Lunatic asylums Madras 1877-1891 - 1877-1891
Year: 1877
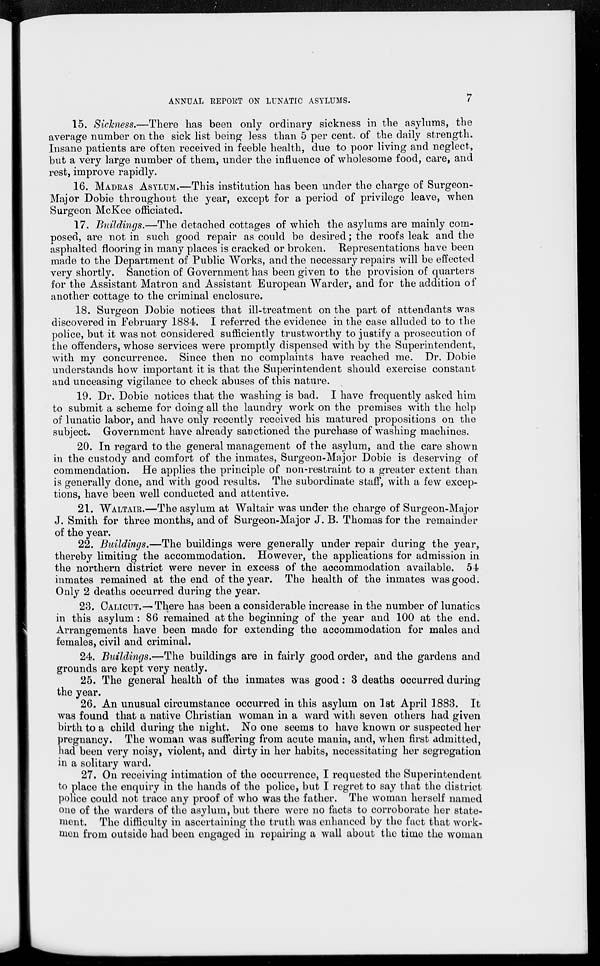
ANNUAL REPORT ON LUNATIC ASYLUMS.
7
15. Sickness.—There has been only ordinary sickness in the asylums, the
average number on the sick list being less than 5 per cent. of the daily strength.
Insane patients are often received in feeble health, due to poor living and neglect,
but a very large number of them, under the influence of wholesome food, care, and
rest, improve rapidly.
16. MADRAS ASYLUM.—This institution has been under the charge of Surgeon-
Major Dobie throughout the year, except for a period of privilege leave, when
Surgeon McKee officiated.
17. Buildings.—The detached cottages of which the asylums are mainly com-
posed, are not in such good repair as could be desired; the roofs leak and the
asphalted flooring in many places is cracked or broken. Representations have been
made to the Department of Public Works, and the necessary repairs will be effected
very shortly. Sanction of Government has been given to the provision of quarters
for the Assistant Matron and Assistant European Warder, and for the addition of
another cottage to the criminal enclosure.
18. Surgeon Dobie notices that ill-treatment on the part of attendants was
discovered in February 1884. I referred the evidence in the case alluded to to the
police, but it was not considered sufficiently trustworthy to justify a prosecution of
the offenders, whose services were promptly dispensed with by the Superintendent,
with my concurrence. Since then no complaints have reached me. Dr. Dobie
understands how important it is that the Superintendent should exercise constant
and unceasing vigilance to check abuses of this nature.
19. Dr. Dobie notices that the washing is bad. I have frequently asked him
to submit a scheme for doing all the laundry work on the premises with the help
of lunatic labor, and have only recently received his matured propositions on the
subject. Government have already sanctioned the purchase of washing machines.
20. In regard to the general management of the asylum, and the care shown
in the custody and comfort of the inmates, Surgeon-Major Dobie is deserving of
commendation. He applies the principle of non-restraint to a greater extent than
is generally done, and with good results. The subordinate staff, with a few excep-
tions, have been well conducted and attentive.
21. WALTAIR.—The asylum at Waltair was under the charge of Surgeon-Major
J. Smith for three months, and of Surgeon-Major J. B. Thomas for the remainder
of the year.
22. Buildings.—The buildings were generally under repair during the year,
thereby limiting the accommodation. However, the applications for admission in
the northern district were never in excess of the accommodation available. 54
inmates remained at the end of the year. The health of the inmates was good.
Only 2 deaths occurred during the year.
23. CALICUT.—There has been a considerable increase in the number of lunatics
in this asylum : 86 remained at the beginning of the year and 100 at the end.
Arrangements have been made for extending the accommodation for males and
females, civil and criminal.
24. Buildings.—The buildings are in fairly good order, and the gardens and
grounds are kept very neatly.
25. The general health of the inmates was good: 3 deaths occurred during
the year.
26. An unusual circumstance occurred in this asylum on 1st April 1883. It
was found that a native Christian woman in a ward with seven others had given
birth to a child during the night. No one seems to have known or suspected her
pregnancy. The woman was suffering from acute mania, and, when first admitted,
had been very noisy, violent, and dirty in her habits, necessitating her segregation
in a solitary ward.
27. On receiving intimation of the occurrence, I requested the Superintendent
to place the enquiry in the hands of the police, but I regret to say that the district
police could not trace any proof of who was the father. The woman herself named
one of the warders of the asylum, but there were no facts to corroborate her state-
ment. The difficulty in ascertaining the truth was enhanced by the fact that work-
men from outside had been engaged in repairing a wall about the time the woman